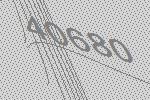
40680